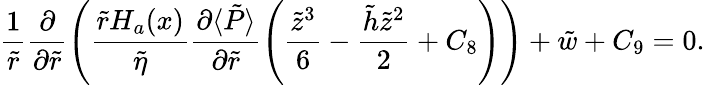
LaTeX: \frac{1}{\tilde{r}}\frac{\partial}{\partial\tilde{r}}\left(\frac{\tilde{r}H_{a}(x)}{\tilde{\eta}}\frac{\partial\langle\tilde{P}\rangle}{\partial\tilde{r}}\left(\frac{\tilde{z}^{3}}{6}-\frac{\tilde{h}\tilde{z}^{2}}{2}+C_{8}\right)\right)+\tilde{w}+C_{9}=0.